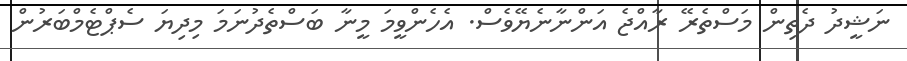
ނަޝީދު ދެތިން މަސްތެރޭ ރާއްޖެ އަންނާނެޔޭވެސް. އެހެންވީމަ މީނާ ބަސްތެދުނަމަ މިދިޔަ ސެޕްޓެމްބަރުން